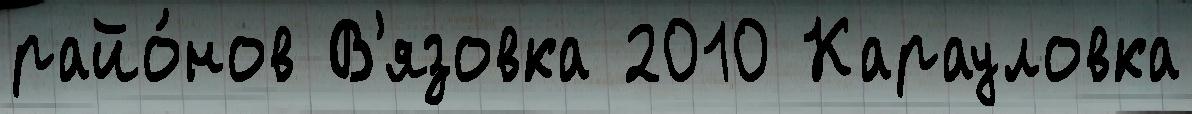
райо́нов В'язовка 2010 Карауловка